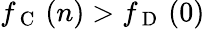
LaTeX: f_{\mathrm{~C~}}\left(n\right)>f_{\mathrm{~D~}}\left(0\right)